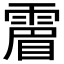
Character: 𩄎